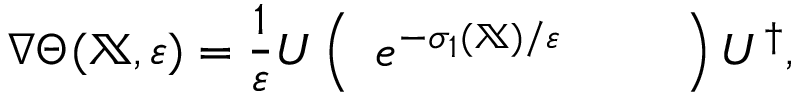
\nabla \Theta ( \mathbb { X } , \varepsilon ) = \frac { 1 } { \varepsilon } U \left( \begin{array} { l l l } { e ^ { - \sigma _ { 1 } ( \mathbb { X } ) / \varepsilon } } & { } & { } \end{array} \right) U ^ { \dagger } ,